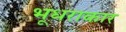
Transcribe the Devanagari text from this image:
भूधराकार